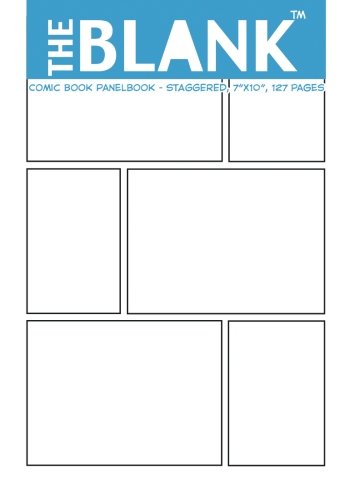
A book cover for The Blank Comic Book Panelbook - Staggered, 7"x10", 127 Pages; About Comics; Comics & Graphic Novels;